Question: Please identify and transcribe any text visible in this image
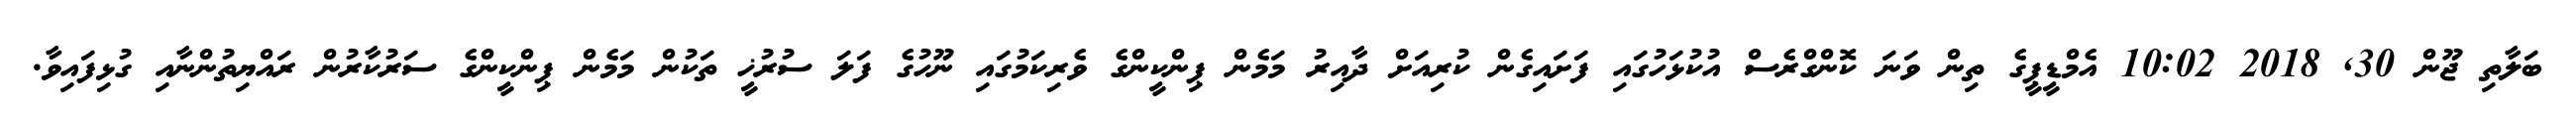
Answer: ބަލާތި ޖޫން 30, 2018 10:02 އެމްޑީޕީގެ ތިން ވަނަ ކޮންގްރެސް އުކުޅަހުގައި ފަށައިގެން ކުރިއަށް ދާއިރު މަމެން ޕިންކީންގެ ވެރިކަމުގައި ނޫހުގެ ފަލަ ސުރުޚީ ތަކުން މަމެން ޕިންކީންގެ ސަރުކާރުން ރައްޔިތުންނާއި ގުޅިފައިވާ.